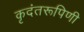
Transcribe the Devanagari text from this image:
कृदंतरूपिणी